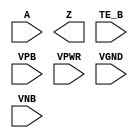
module sky130_fd_sc_ms__einvn (
    //# {{data|Data Signals}}
    input  A   ,
    output Z   ,

    //# {{control|Control Signals}}
    input  TE_B,

    //# {{power|Power}}
    input  VPB ,
    input  VPWR,
    input  VGND,
    input  VNB
);
endmodule